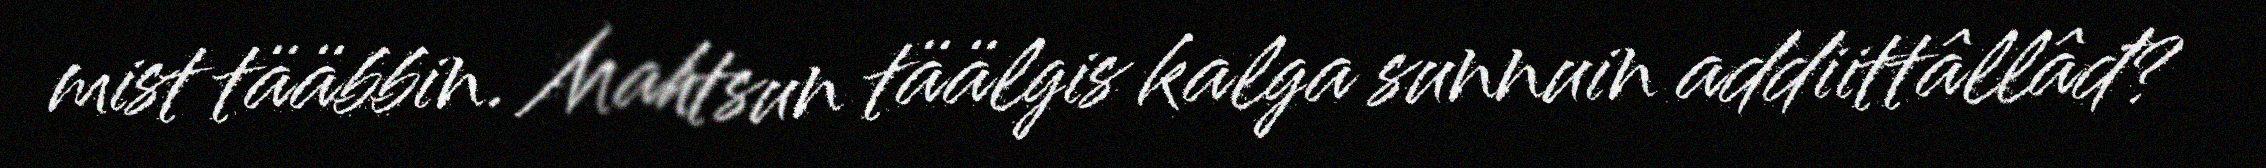
mist tääbbin. Mahtsun täälgis kalga sunnuin addiittâllâđ?